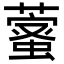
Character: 𦾖